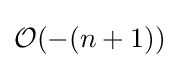
{\mathcal {O}}(-(n+1))